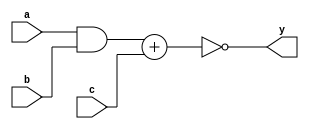
`timescale 1ns / 1ps
//////////////////////////////////////////////////////////////////////////////////
// Company: 
// Engineer: 
// 
// Design Name: 
// Module Name: aoi21
// Project Name: 
// Target Devices: 
// Tool Versions: 
// Description: 
// 
// Dependencies: 
// 
// Revision:
// Revision 0.01 - File Created
// Additional Comments:
// 
//////////////////////////////////////////////////////////////////////////////////


module aoi21(output y, input a, b, c);

assign y = ~((a&b)+c);

endmodule